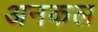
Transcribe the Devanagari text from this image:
अनकल